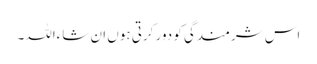
اس شرمندگی کو دور کرتی ہوں ان شاءاللہ۔